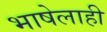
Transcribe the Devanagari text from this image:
भाषेलाही